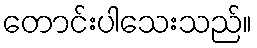
တောင်းပါသေးသည်။